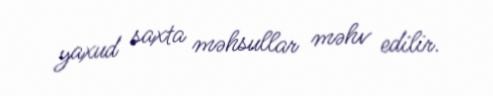
yaxud saxta məhsullar məhv edilir.